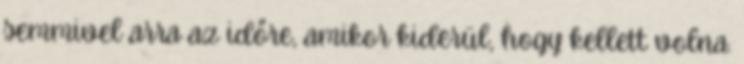
semmivel arra az időre, amikor kiderül, hogy kellett volna.